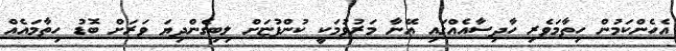
އެހެންކަމުން ހިތާމަވެރި ހާދިސާއެއްގައި އޭނާ މަރުވުމަކީ ކުންފުޏަށް ލިބިގެންދިޔަ ވަރަށް ބޮޑު ހިިތާމައެއް